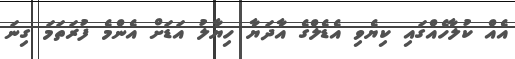
އެއް ކުލާހެއްގައި ކިޔެވި އެޑެލްގެ އާދަޔާ ހިޔާލު އަޑަށް އެންމެ ފުރަތަމަ ގިނަ